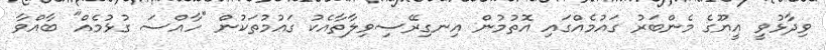
ވިދާޅުވީ އީޔޫގެ މެންބަރު ގައުމެއްގައި އޮތުމުން އިނގިރޭސިވިލާތާއެކު ގައުމުތަކުން "ހާއްސަ ގުޅުމެއް" ބާއްވާ